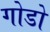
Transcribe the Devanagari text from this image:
गोडो